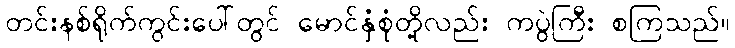
တင်းနစ်ရိုက်ကွင်းပေါ်တွင် မောင်နှံစုံတို့လည်း ကပွဲကြီး စကြသည်။